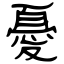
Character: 憂